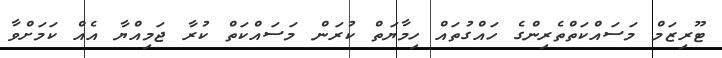
ޓޫރިޒަމް މަސައްކަތްތެރިންގެ ހައްގުތައް ހިމާޔަތް ކުރަން މަސައްކަތް ކުރާ ޖަމިއްޔާ އެއް ކަމަށްވާ